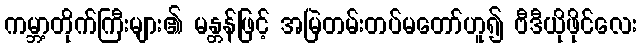
ကမ္ဘာ့တိုက်ကြီးများ၏ မန္တန်ဖြင့် အမြဲတမ်းတပ်မတော်ဟူ၍ ဗီဒီယိုဖိုင်လေး